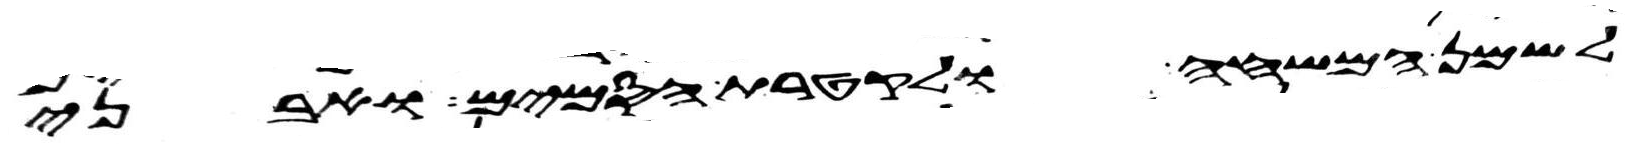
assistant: לשמן המשחה ולקטרת הסמים ואבני